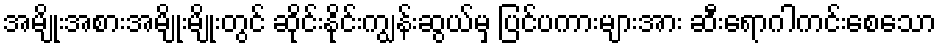
အမျိုးအစားအမျိုးမျိုးတွင် ဆိုင်းနိုင်းကျွန်းဆွယ်မှ ပြင်ပကားများအား ဆီးရောဂါကင်းစေသော